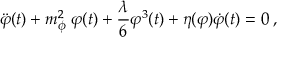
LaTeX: \ddot { \varphi } ( t ) + m _ { \phi } ^ { 2 } \; \varphi ( t ) + \frac { \lambda } { 6 } \varphi ^ { 3 } ( t ) + \eta ( \varphi ) \dot { \varphi } ( t ) = 0 \; ,